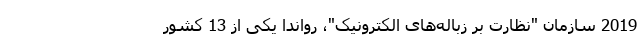
2019 سازمان "نظارت بر زباله‌های الکترونیک"، رواندا یکی از 13 کشور